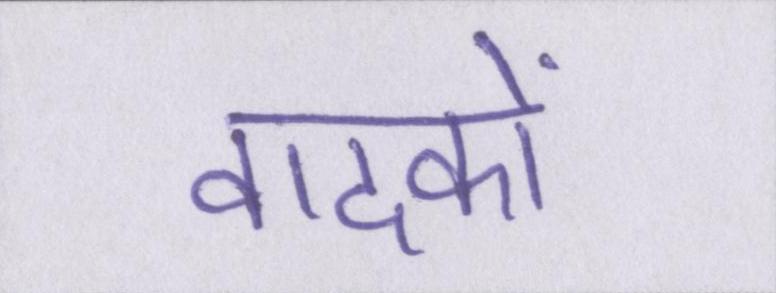
वादकों